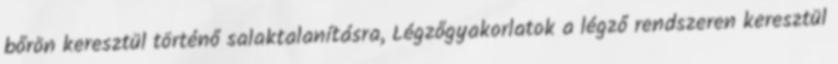
bőrön keresztül történő salaktalanításra, Légzőgyakorlatok a légző rendszeren keresztül